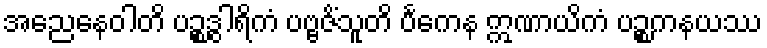
အညေနေဝါတိ ပဉ္စဒွါရိကံ ပဗ္ဗဇိံသူတိ ပင်္ကေန ဣဏာယိကံ ပဉ္စကနယဿ